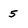
Character: 5